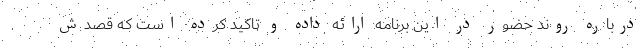
درباره روند حضور در این برنامه ارائه داده و تاکید کرده است که قصدش